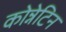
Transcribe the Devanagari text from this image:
कोन्नेटिन